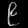
Digit: ၉